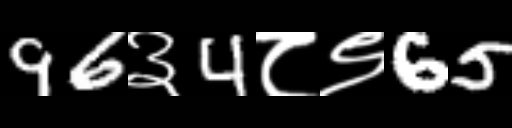
Text: 96३4८९65